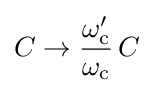
C\to {\frac {\omega _{\text{c}}'}{\omega _{\text{c}}}}\,C